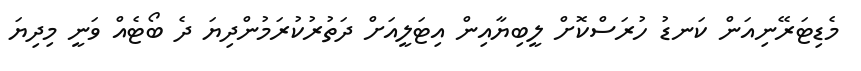
މެޑިޓަރޭނިއަން ކަނޑު ހުރަސްކޮށް ލީބިޔާއިން އިޓަލީއަށް ދަތުރުކުރަމުންދިޔަ ދެ ބޯޓެއް ވަނީ މިދިޔަ